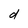
Character: d